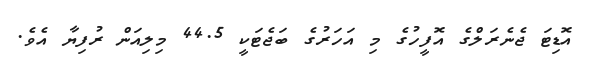
އޮޑިޓަ ޖެނެރަލްގެ އޮފީހުގެ މި އަހަރުގެ ބަޖެޓަކީ 44.5 މިލިއަން ރުފިޔާ އެވެ.